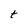
Character: t